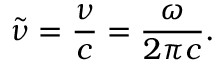
{ \tilde { \nu } } = { \frac { \nu } { c } } = { \frac { \omega } { 2 \pi c } } .